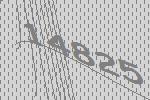
14825